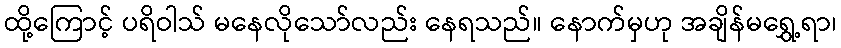
ထို့ကြောင့် ပရိဝါသ် မနေလိုသော်လည်း နေရသည်။ နောက်မှဟု အချိန်မရွှေ့ရာ၊